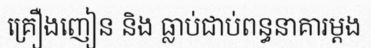
គ្រឿងញៀន និង ធ្លាប់ជាប់ពន្ធនាគារម្តង